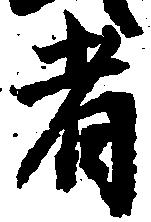
者